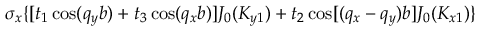
\sigma _ { x } \{ [ t _ { 1 } \cos ( q _ { y } b ) + t _ { 3 } \cos ( q _ { x } b ) ] J _ { 0 } ( K _ { y 1 } ) + t _ { 2 } \cos [ ( q _ { x } - q _ { y } ) b ] J _ { 0 } ( K _ { x 1 } ) \}